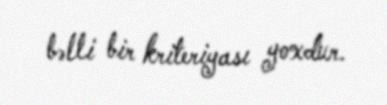
bəlli bir kriteriyası yoxdur.